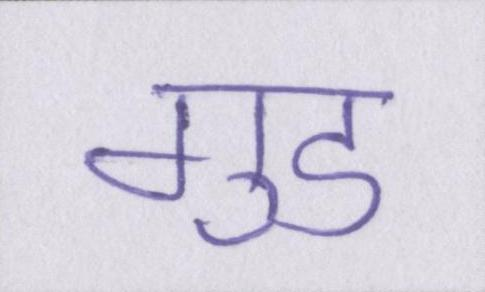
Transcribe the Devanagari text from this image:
गुड